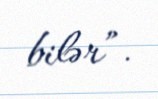
bilər”.